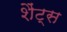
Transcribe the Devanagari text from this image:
शैंट्स